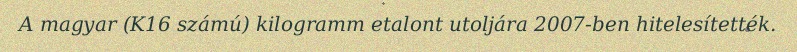
A magyar (K16 számú) kilogramm etalont utoljára 2007-ben hitelesítették.